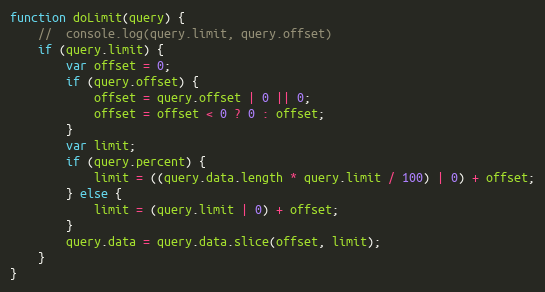
Language: JavaScript
function doLimit(query) {
	//	console.log(query.limit, query.offset)
	if (query.limit) {
		var offset = 0;
		if (query.offset) {
			offset = query.offset | 0 || 0;
			offset = offset < 0 ? 0 : offset;
		}
		var limit;
		if (query.percent) {
			limit = ((query.data.length * query.limit / 100) | 0) + offset;
		} else {
			limit = (query.limit | 0) + offset;
		}
		query.data = query.data.slice(offset, limit);
	}
}